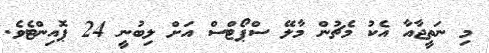
މި ނަތީޖާއާ އެކު މެޗުން މާލޭ ސްޕޯޓްސް އަށް ލިބުނީ 24 ޕޮއިންޓެވެ.